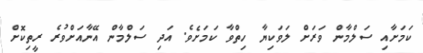
ކަމަށާއި ސަލްމާން ވަރަށް ލަވަކިޔާ ހިތްވާ ކަމަށެވެ. އަދި ސަލްމާން އޭނާއަށްވުރެ ރީތިކޮށް